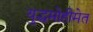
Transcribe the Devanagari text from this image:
युद्धमोहीमेत